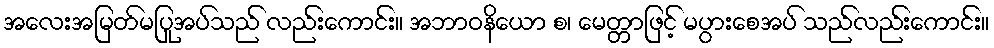
အလေးအမြတ်မပြုအပ်သည် လည်းကောင်း။ အဘာဝနိယော စ၊ မေတ္တာဖြင့် မပွားစေအပ် သည်လည်းကောင်း။